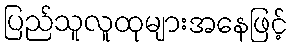
ပြည်သူလူထုများအနေဖြင့်